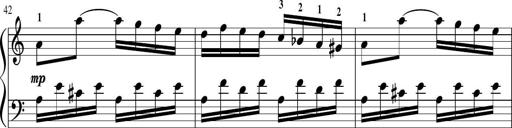
Title: Sonatina in G major
Composer: Friedrich Kuhlau
Key: G major